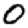
Digit: 0